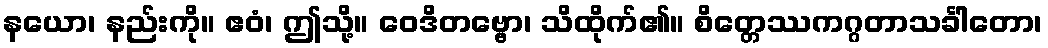
နယော၊ နည်းကို။ ဧဝံ၊ ဤသို့။ ဝေဒိတဗ္ဗော၊ သိထိုက်၏။ စိတ္တေဿကဂ္ဂတာသင်္ခါတော၊